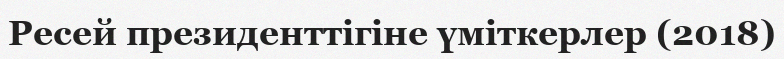
Ресей президенттігіне үміткерлер (2018)